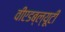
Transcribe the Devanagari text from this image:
वीएडब्ल्यूटी